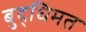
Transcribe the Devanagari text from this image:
बुद्धिमत